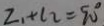
L _ { 1 } + l _ { 2 } = 9 0 ^ { \circ }